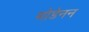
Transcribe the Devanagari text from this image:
मोडेनन